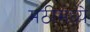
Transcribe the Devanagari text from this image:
मठीमध्ये